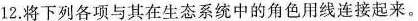
12.将下列各项与其在生态系统中的角色用线连接起来。